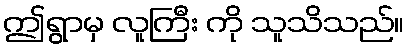
ဤရွာမှ လူကြီး ကို သူသိသည်။